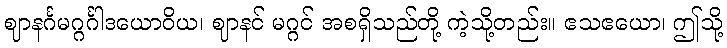
ဈာနင်္ဂမဂ္ဂင်္ဂါဒယောဝိယ၊ ဈာနင် မဂ္ဂင် အစရှိသည်တို့ ကဲ့သို့တည်း။ ဧသဧယော၊ ဤသို့